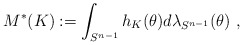
\begin{align*}M^*(K) := \int_{S^{n-1}} h_K(\theta) d\lambda_{S^{n-1}}(\theta) ~,\end{align*}